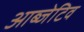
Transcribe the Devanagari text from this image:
आब्जेटिव